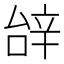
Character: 辝